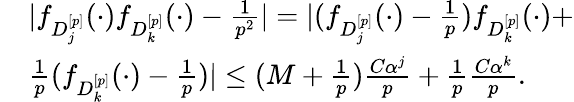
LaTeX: \begin{array}{rl}&{|f_{D_{j}^{[p]}}(\cdot)f_{D_{k}^{[p]}}(\cdot)-\frac{1}{p^{2}}|=|(f_{D_{j}^{[p]}}(\cdot)-\frac{1}{p})f_{D_{k}^{[p]}}(\cdot)+}\\ &{\frac{1}{p}(f_{D_{k}^{[p]}}(\cdot)-\frac{1}{p})|\leq(M+\frac{1}{p})\frac{C\alpha^{j}}{p}+\frac{1}{p}\frac{C\alpha^{k}}{p}.}\end{array}